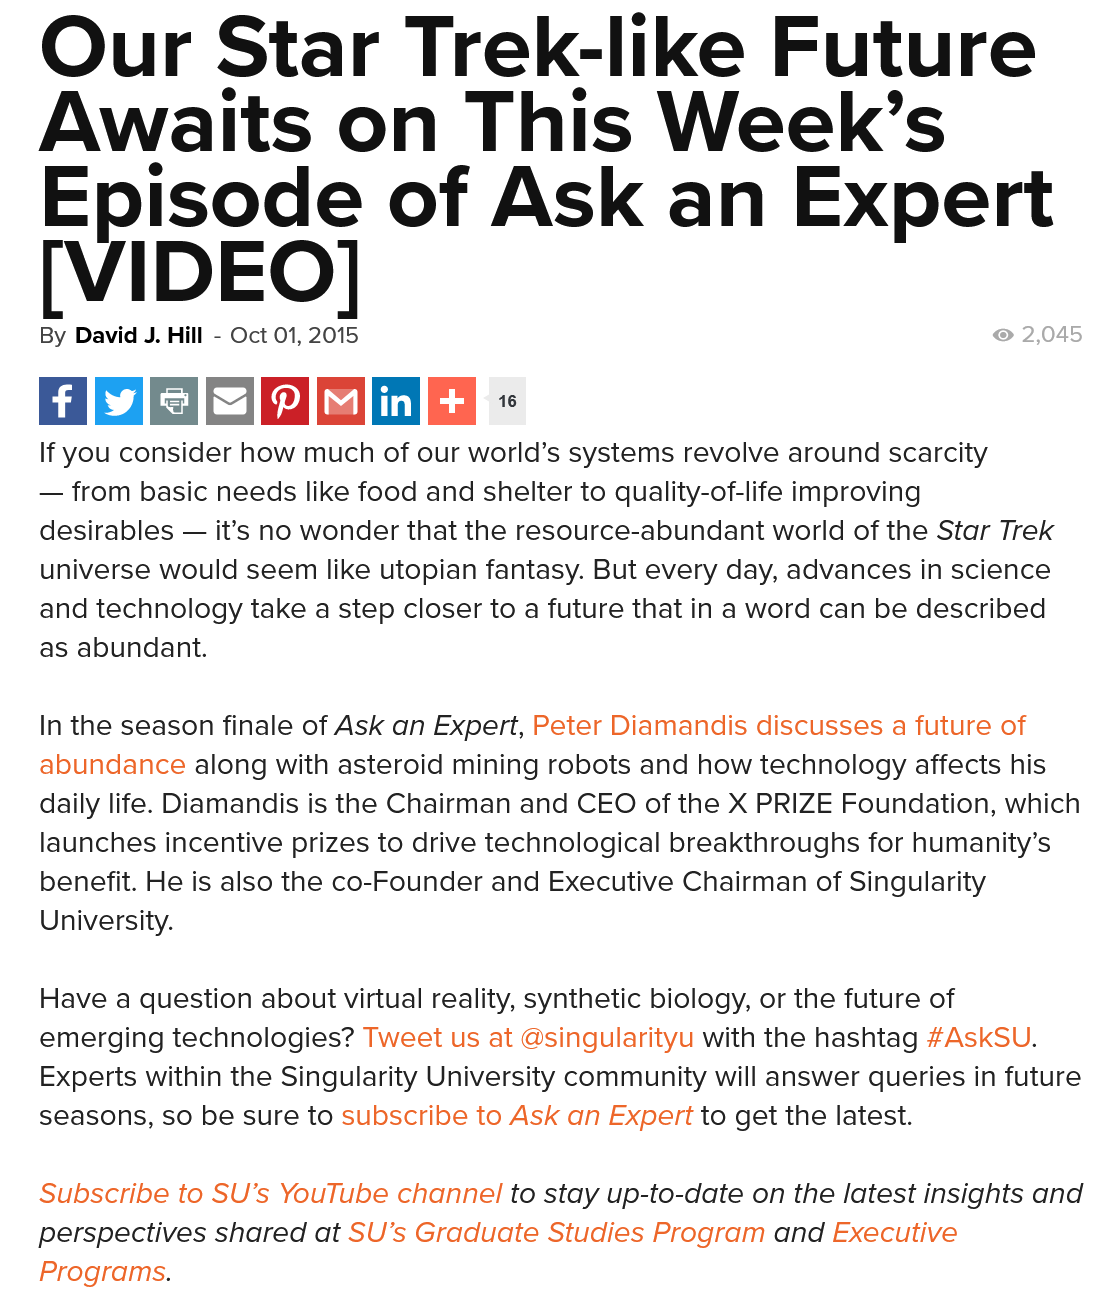
Our    Star    Trek-like    Future
   Awaits    on    This    Week’s
    Fpisode
     of    Ask    an    Expert
   [VIDEO]
   By David J. Hill
     -
     Oct 01, 2015
   If you consider how much of our world’s systems revolve around scarcity
   —
     from basic needs like food and shelter to quality-of-life improving
   desirables
     —
     it’s no wonder that the resource-abundant world of the Star Trek
   universe would seem like utopian fantasy. But every day, advances in science
   and technology take a step closer to a future that in a word can be described
   as abundant.
   In the season finale of Ask an Expert, Peter Diamandis discusses a future of
   abundance along with asteroid mining robots and how technology affects his
   daily life. Diamandis is the Chairman and CEO of the X PRIZE Foundation, which
   launches incentive prizes to drive technological breakthroughs for humanity’s
   benefit. He is also the co-Founder and Executive Chairman of Singularity
   University.
   Have a question about virtual reality, synthetic biology, or the future of
   emerging technologies? Tweet us at @singularityu with the hashtag #AskSU.
   Experts within the Singularity University community will answer queries in future
   seasons, so be sure to subscribe to Ask an Expert to get the latest.
   Subscribe to SU’s YouTube channel to stay up-to-date on the latest insights and
   perspectives shared at SU’s Graduate Studies Program and Executive
   Programs.
     © 2,045